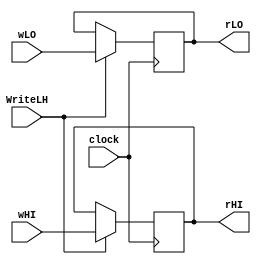
module Memoria_LO_HI(wLO,wHI,rLO,rHI,clock,WriteLH);
	
	input[31:0] wLO, wHI;
	output wire[31:0] rLO, rHI;
	input clock,WriteLH;
	
	reg[31:0] LO, HI;
	
	assign rLO = LO;
	assign rHI = HI;
	
	initial begin
		LO <= 32'd6;
	end
	
	always @(negedge clock) begin
		
		if(WriteLH) begin
			LO <= wLO;
			HI <= wHI;
		end
		
	end
	
endmodule